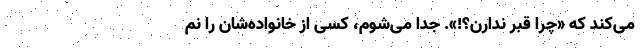
می‌کند که «چرا قبر ندارن؟!». جدا می‌شوم، کسی از خانواده‌شان را نم